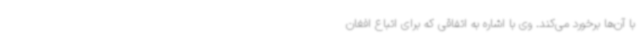
با آن‌ها برخورد می‌کند. وی با اشاره به اتفاقی که برای اتباع افغان